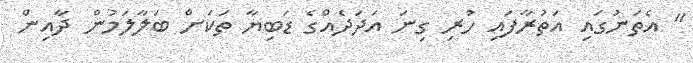
" އެތަނުގައި އަތުރާފައި ހުރި ގިނަ އަދަދެއްގެ ޑަބިޔާ ތަކަށް ބަލާލަމުން ދާއިން